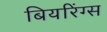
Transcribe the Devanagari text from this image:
बियरिंग्स